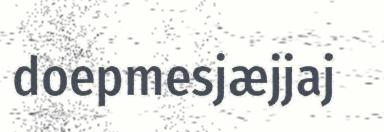
doepmesjæjjaj